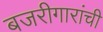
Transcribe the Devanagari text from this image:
बजरीगारांची